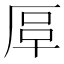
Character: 𠩰